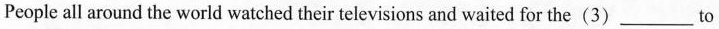
People all around the world watched their televisions and waited for the(3)___to